Indian Civil Veterinary Department memoirs
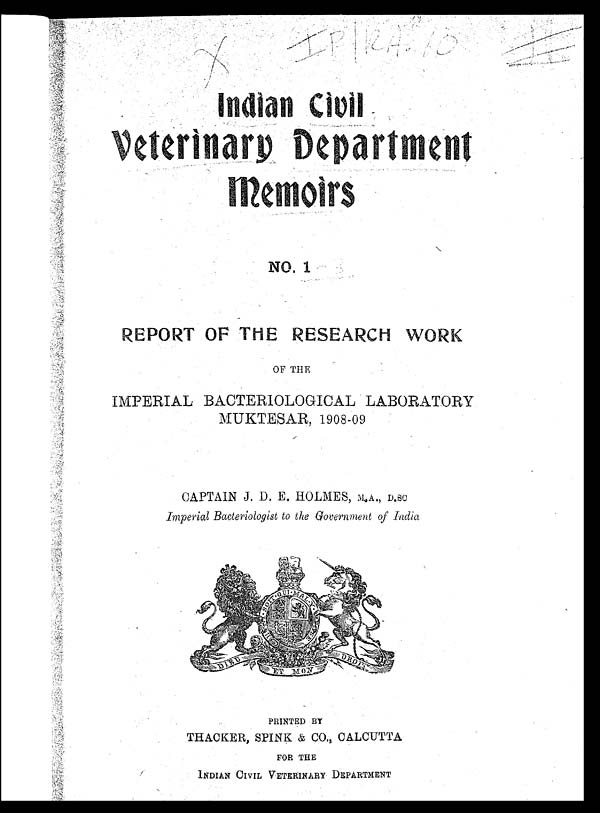
Indian Civil
Veterinary Department
Memoirs
NO. 1
REPORT OF THE RESEARCH WORK
OF THE
IMPERIAL BACTERIOLOGICAL LABORATORY
MUKTESAR, 1908-09
CAPTAIN J. D. E. HOLMES, M.A., D.SC
Imperial Bacteriologist to the Government of India
PRINTED BY
THACKER, SPINK & CO., CALCUTTA
FOR THE
INDIAN CIVIL VETERINARY DEPARTMENT